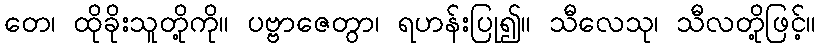
တေ၊ ထိုခိုးသူတို့ကို။ ပဗ္ဗာဇေတွာ၊ ရဟန်းပြု၍။ သီလေသု၊ သီလတို့ဖြင့်။